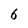
Character: 6